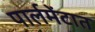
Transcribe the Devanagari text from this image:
पार्लमेंटात